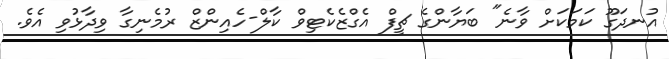
އުނދަގޫ ކަމަކަށް ވާނެ" ބަޔާންގެ ޗީފް އެގްޒެކެޓިވް ކާލް-ހެއިންޒް ރުމެނިގާ ވިދާޅުވި އެވެ.